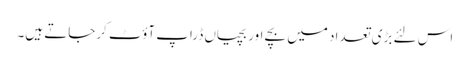
اس لئے بڑی تعداد میں بچے اوربچیاں ڈراپ آؤٹ کرجاتے ہیں۔